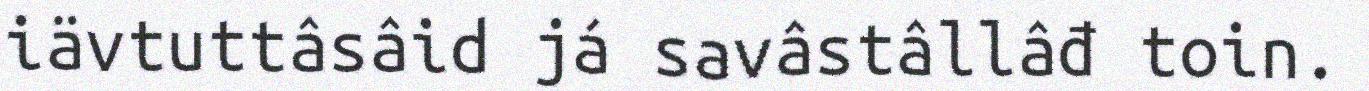
iävtuttâsâid já savâstâllâđ toin.